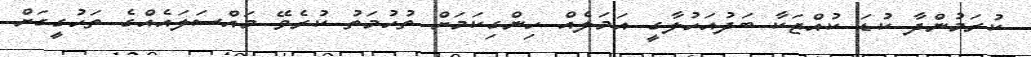
ކުރަމުންދާ ކުޑަ ކުއްޖަކާ ބަދުއަހުލާގީ އަމަލެއް ހިންގިކަމަށް ތުހުމަތު ކުރެވޭ މައްސަލައެއްގެ ތަހުގީގަށް